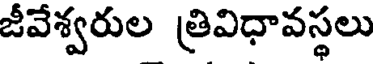
జీవేశ్వరుల త్రివిధావస్థలు